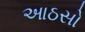
આઠસો